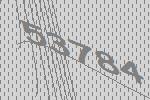
53784